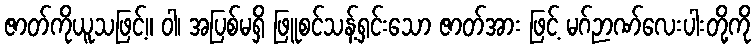
ဇာတ်ကိုယူသဖြင့်။ ဝါ၊ အပြစ်မရှိ ဖြူစင်သန့်ရှင်းသော ဇာတ်အား ဖြင့် မဂ်ဉာဏ်လေးပါးတို့ကို